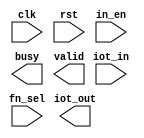
`timescale 1ns/10ps
module IOTDF( clk, rst, in_en, iot_in, fn_sel, busy, valid, iot_out);
input          clk;
input          rst;
input          in_en;
input  [7:0]   iot_in;
input  [2:0]   fn_sel;
output         busy;
output         valid;
output [127:0] iot_out;

endmodule